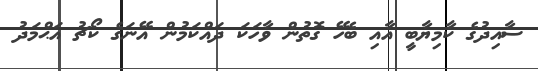
ސާއިދުގެ ކާމިޔާބީ އާއި ބެހޭ ގޮތުން ވާހަކަ ދައްކަމުން އޭނަގެ ކޯޗު އަޙްމަދު